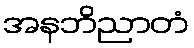
အနဘိညာတံ